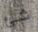
شئ